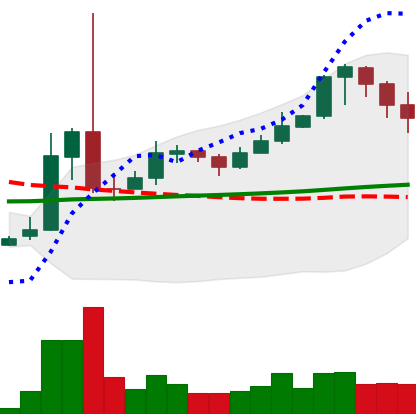
Ticker: XRP-USD
Chart end date: 2021-02-16
Forward return: 5.321%
Label: up_5_7